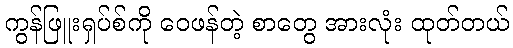
ကွန်ဖြူးရှပ်စ်ကို ဝေဖန်တဲ့ စာတွေ အားလုံး ထုတ်တယ်